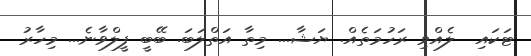
ޓަކައި  ލެއްވި ރަހުމަތެއް. ޔަޝާ... މިތާ އަތްލަބަ. ބޭބީ ފީލްވާނެ... މިހާރު